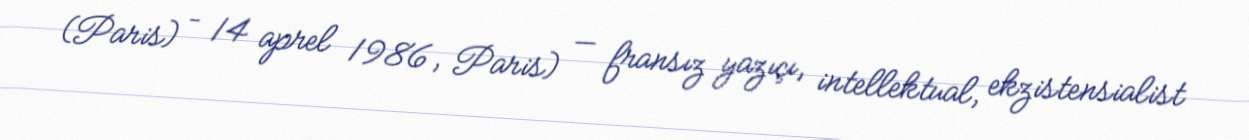
(Paris) – 14 aprel 1986, Paris) — fransız yazıçı, intellektual, ekzistensialist